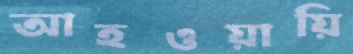
আহওয়ায়ি